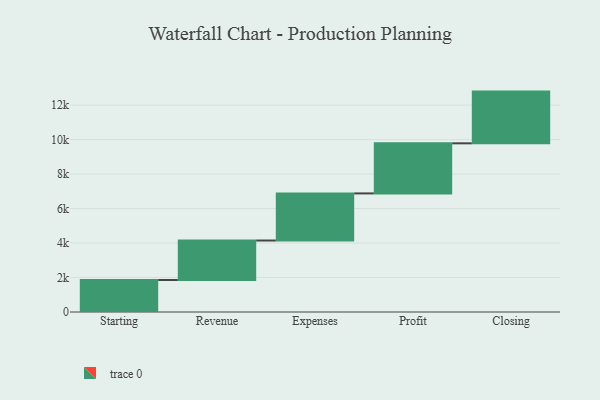
{"axis": {"x": "Step", "y": "Value"}, "legend": [""], "data": [{"x": "Starting", "y": 1856.0, "type": ""}, {"x": "Revenue", "y": 2290.0, "type": ""}, {"x": "Expenses", "y": 2732.0, "type": ""}, {"x": "Profit", "y": 2905.0, "type": ""}, {"x": "Closing", "y": 3000, "type": ""}]}